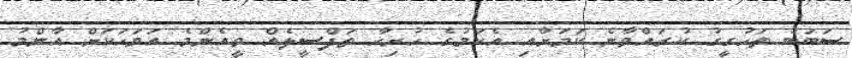
ސަބަބު ތަހުގީގު ކުރައްވާނެ ކަމަށާއި އެކަމުގެ ހުރިހާ ތަފްސީލެއް ވީއެންމެ އަވަހަކަށް އާންމު